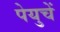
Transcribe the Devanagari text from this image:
पेयुचें